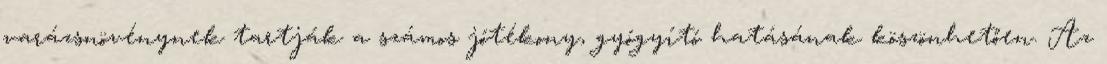
varázsnövénynek tartják a számos jótékony, gyógyító hatásának köszönhetően. Az